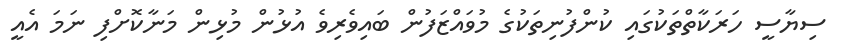
ސިޔާސީ ހަރަކާތްތަކުގައި ކުންފުނިތަކުގެ މުވައްޒަފުން ބައިވެރިވެ އުޅުން މުޅިން މަނާކޮށްފި ނަމަ އެއީ